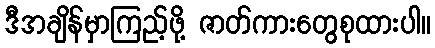
ဒီအချိန်မှာကြည့်ဖို့ ဇာတ်ကားတွေစုထားပါ။